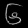
Digit: ၆